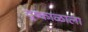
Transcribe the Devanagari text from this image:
दुष्काळाला